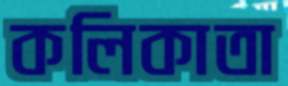
কলিকাতা